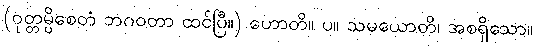
(ဝုတ္တမ္ပိစေတံ ဘဂဝတာ ထင်ပြီ။) ဟောတိ။ ပ။ သမယောတိ၊ အစရှိသော။